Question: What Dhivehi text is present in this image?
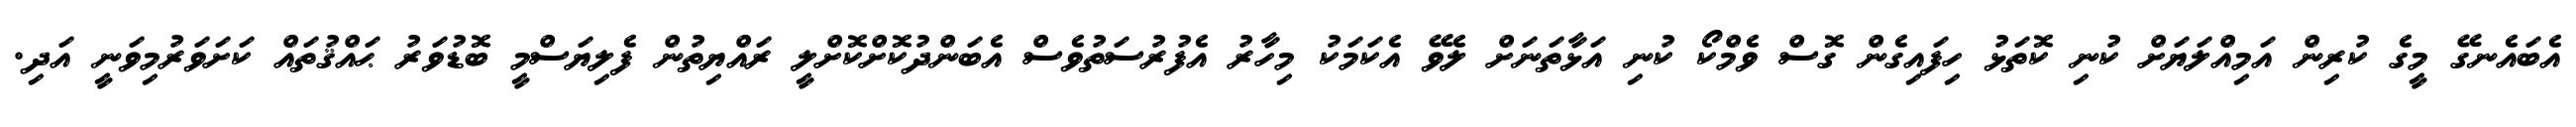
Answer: އެބައެނގޭ މީގެ ކުރިން އަމިއްލަޔަށް ކުނި ކޮތަޅު ހިފައިގެން ގޮސް ވެމްކޯ ކުނި އަޅާތަނަށް ލެވޭ އެކަމަކު މިހާރު އެފުރުސަތުވެސް އެބަންދުކޮށްކޮށްލީ ރައްޔިތުން ފެލިޔަސްމީ ބޮޑުވަރު ޙައްޤުތައް ކަށަވަރުމިވަނީ އަދި.